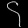
Digit: ၄